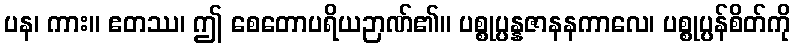
ပန၊ ကား။ ဧတဿ၊ ဤ စေတောပရိယဉာဏ်၏။ ပစ္စုပ္ပန္နဇာနနကာလေ၊ ပစ္စုပ္ပန်စိတ်ကို